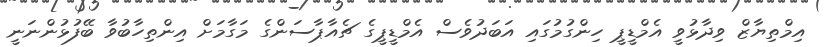
އިމްތިޔާޒް ވިދާޅުވީ އެމްޑީޕީ ހިންގުމުގައި އަބަދުވެސް އެމްޑީޕީގެ ޗެއާޕާސަންގެ މަގާމަށް އިންތިހާބުވާ ބޭފުޅުންނަނީ